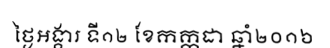
ថ្ងៃអង្គារ ទី១២ ខែកក្កដា ឆ្នាំ២០១៦